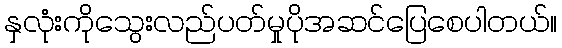
နှလုံးကိုသွေးလည်ပတ်မှုပိုအဆင်ပြေစေပါတယ်။